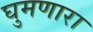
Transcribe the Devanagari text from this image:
घुमणारा